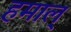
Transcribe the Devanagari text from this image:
हमाल्